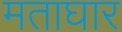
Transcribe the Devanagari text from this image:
मताघार